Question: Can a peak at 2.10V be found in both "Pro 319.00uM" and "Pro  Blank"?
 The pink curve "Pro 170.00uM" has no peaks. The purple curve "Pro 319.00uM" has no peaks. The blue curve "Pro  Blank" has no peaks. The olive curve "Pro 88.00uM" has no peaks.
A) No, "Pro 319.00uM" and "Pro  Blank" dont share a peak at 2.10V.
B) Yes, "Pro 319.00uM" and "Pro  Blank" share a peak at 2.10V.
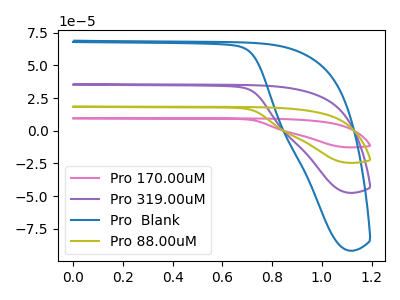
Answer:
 <answer>A) No, "Pro 319.00uM" and "Pro  Blank" dont share a peak at 2.10V.</answer>
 <eval>A</eval>